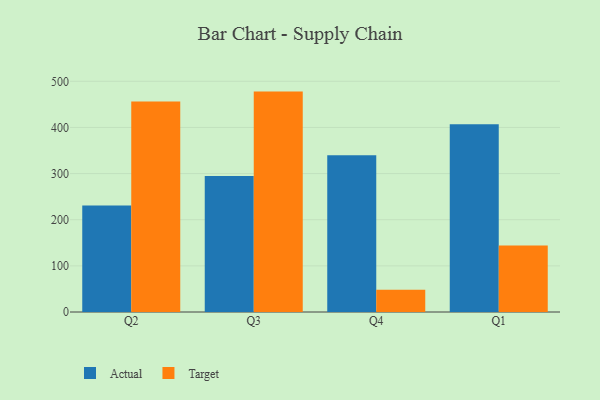
{"axis": {"x": "Quarter", "y": "LTV (USD)"}, "legend": ["Actual", "Target"], "data": [{"x": "Q2", "y": 230.6, "type": "Actual"}, {"x": "Q2", "y": 456.5, "type": "Target"}, {"x": "Q3", "y": 294.9, "type": "Actual"}, {"x": "Q3", "y": 477.7, "type": "Target"}, {"x": "Q4", "y": 340.0, "type": "Actual"}, {"x": "Q4", "y": 48.1, "type": "Target"}, {"x": "Q1", "y": 406.8, "type": "Actual"}, {"x": "Q1", "y": 144.0, "type": "Target"}]}